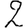
Digit: 2